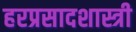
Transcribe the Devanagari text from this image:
हरप्रसादशास्त्री